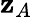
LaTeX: \mathbf{z}_{A}